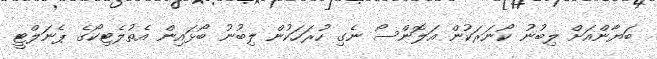
ބަޔާންއަށް ލިބުނު ކޯނަރަކުން އަލޮންސޯ ނެގި ހުރަހަކުން ލިބުނު ބޯޅައިން އެތުލެޓިކޯގެ ޕެނަލްޓީ